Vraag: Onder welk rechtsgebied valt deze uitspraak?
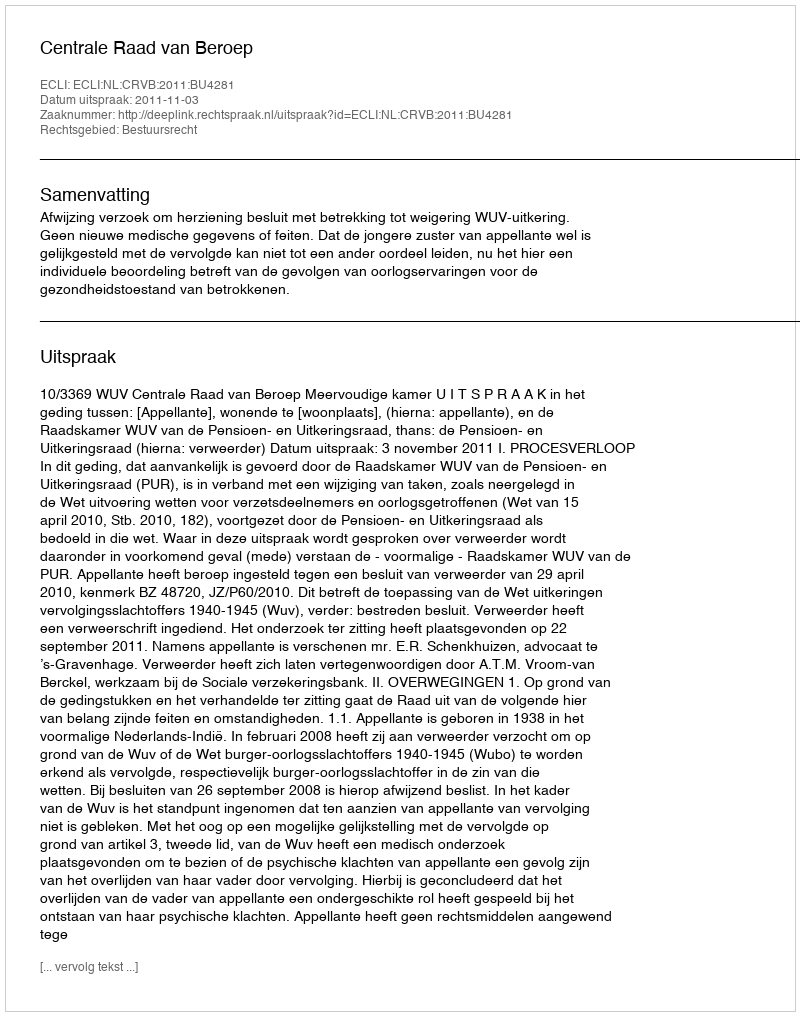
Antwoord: Bestuursrecht